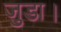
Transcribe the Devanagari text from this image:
जुडा।